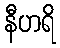
နီဟရိ